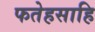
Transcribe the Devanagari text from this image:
फतेहसाहि